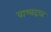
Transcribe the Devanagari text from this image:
वाष्पदाव